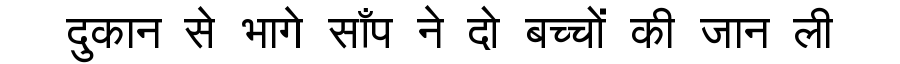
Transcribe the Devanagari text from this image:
दुकान से भागे साँप ने दो बच्चों की जान ली